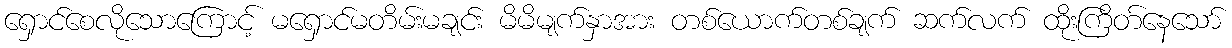
ရှောင်စေလိုသောကြောင့် မရှောင်မတိမ်းမချင်း မိမိမျက်နှာအား တစ်ယောက်တစ်ချက် ဆက်လက် ထိုးကြိတ်နေသော်